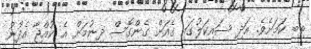
ތިބި ކަމަށެވެ. އަދި ސައިކަލުގައި ގެއަށް ގެންގޮސް ދިނުމަށް އެ ކުއްޖާ އެދުނު